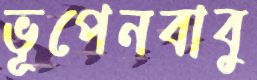
ভূপেনবাবু